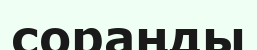
сораңды